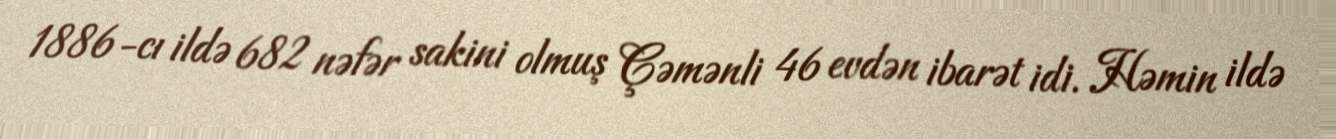
1886-cı ildə 682 nəfər sakini olmuş Çəmənli 46 evdən ibarət idi. Həmin ildə